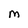
Character: M